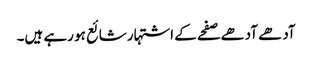
آدھے آدھے صفحے کے اشتہار شائع ہو رہے ہیں۔